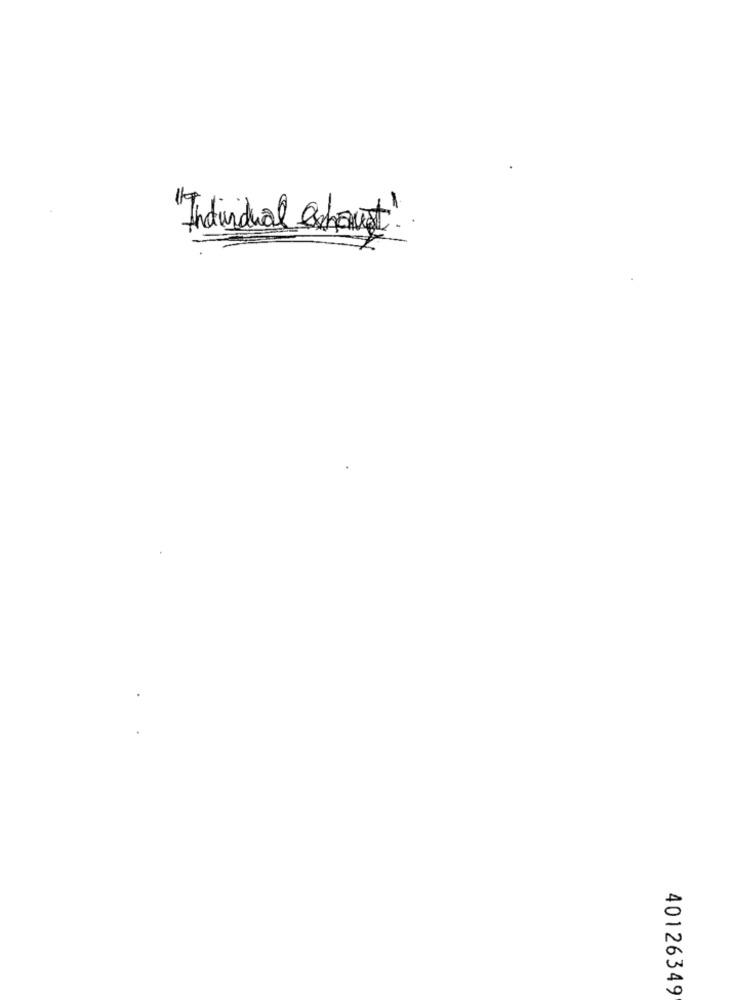
Andundual extranet!
40126349